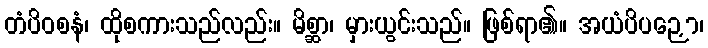
တံပိဝစနံ၊ ထိုစကားသည်လည်း။ မိစ္ဆာ၊ မှားယွင်းသည်။ ဖြစ်ရာ၏။ အယံပိပဉှော၊